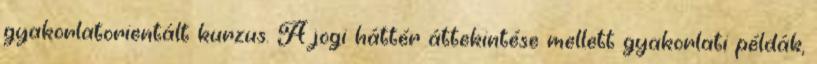
gyakorlatorientált kurzus. A jogi háttér áttekintése mellett gyakorlati példák,